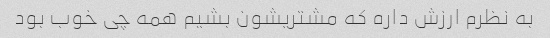
به نظرم ارزش داره که مشتریشون بشیم همه چی خوب بود